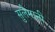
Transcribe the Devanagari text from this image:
सुलैमानी